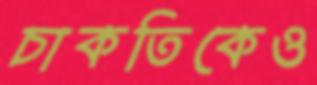
চাকতিকেও